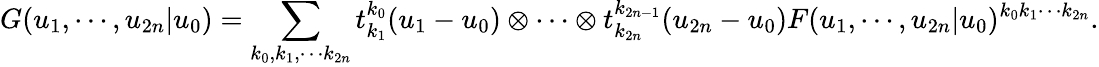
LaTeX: G(u_{1},\cdots,u_{2n}|u_{0})=\sum_{k_{0},k_{1},\cdots k_{2n}}t_{k_{1}}^{k_{0}}(u_{1}-u_{0})\otimes\cdots\otimes t_{k_{2n}}^{k_{2n-1}}(u_{2n}-u_{0})F(u_{1},\cdots,u_{2n}|u_{0})^{k_{0}k_{1}\cdots k_{2n}}.